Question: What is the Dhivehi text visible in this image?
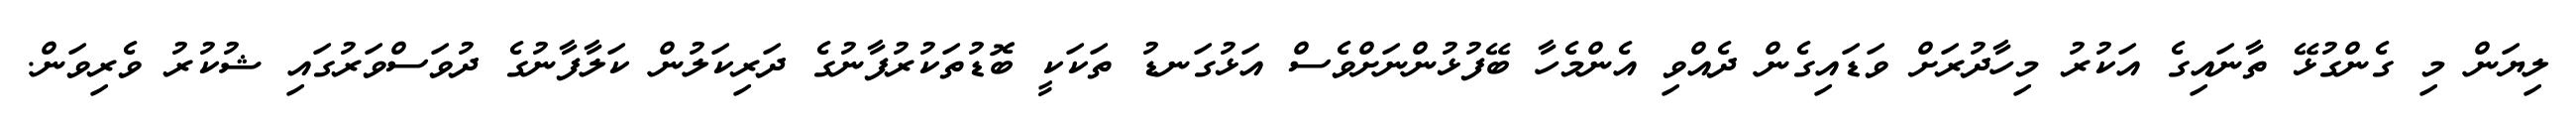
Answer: ލިޔަން މި ގެންގުޅޭ ތާނައިގެ އަކުރު މިހާދުރަށް ވަޑައިގެން ދެއްވި އެންމެހާ ބޭފުޅުންނަށްވެސް އަޅުގަނޑު ތަކަކީ ބޮޑުތަކުރުފާނުގެ ދަރިކަލުން ކަލާފާނުގެ ދުވަސްވަރުގައި ޝުކުރު ވެރިވަން.